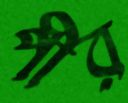
পীর